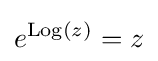
e^{\operatorname {Log} (z)}=z